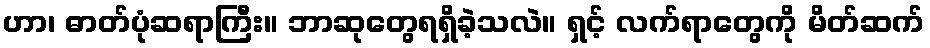
ဟာ၊ ဓာတ်ပုံဆရာကြီး။ ဘာဆုတွေရရှိခဲ့သလဲ။ ရှင့် လက်ရာတွေကို မိတ်ဆက်